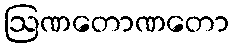
ဩဏတောဏတော